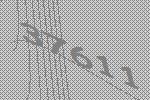
37611